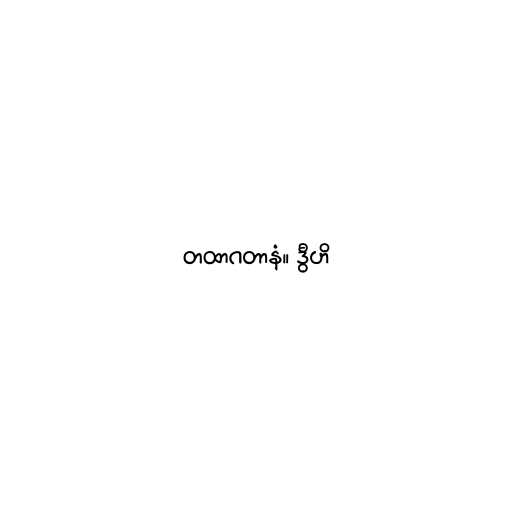
တထာဂတာနံ။ ဒွီဟိ